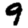
Digit: 9